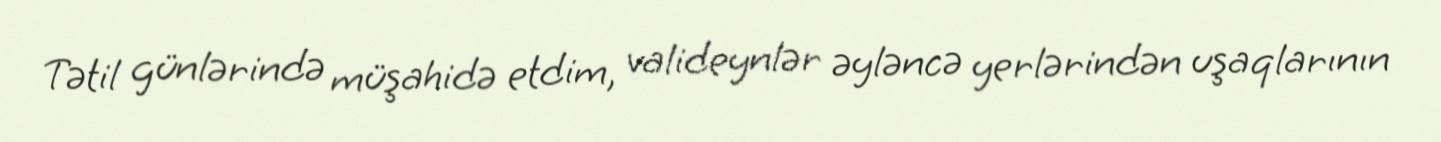
Tətil günlərində müşahidə etdim, valideynlər əyləncə yerlərindən uşaqlarının